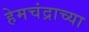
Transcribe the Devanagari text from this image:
हेमचंद्राच्या